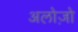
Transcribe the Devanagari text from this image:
अलोज़ो